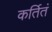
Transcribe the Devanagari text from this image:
कर्तितं